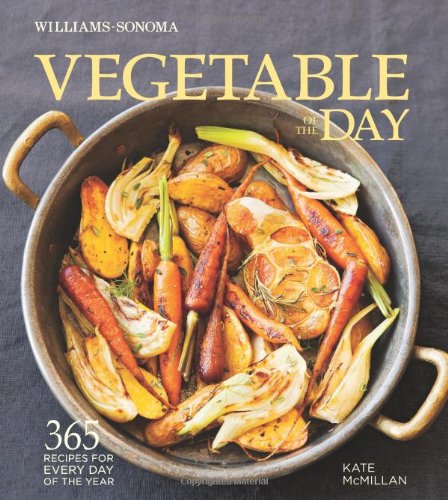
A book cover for Vegetable of the Day (Williams-Sonoma): 365 Recipes for Every Day of the Year; Kate McMillan; Cookbooks, Food & Wine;